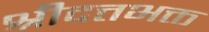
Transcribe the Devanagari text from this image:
श्रीदत्तभक्त